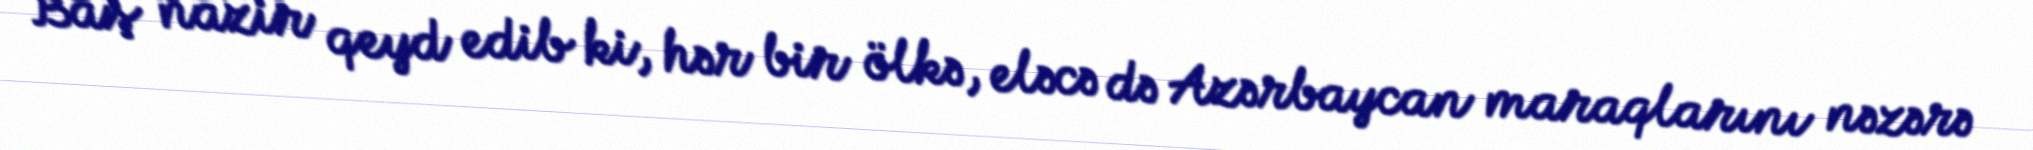
Baş nazir qeyd edib ki, hər bir ölkə, eləcə də Azərbaycan maraqlarını nəzərə